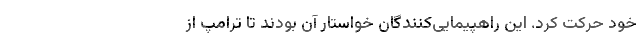
خود حرکت کرد. این راهپیمایی‌کنندگان خواستار آن بودند تا ترامپ از